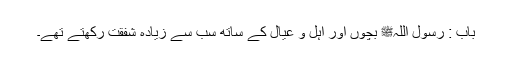
باب : رسول اللہﷺ بچوں اور اہل و عیال کے ساتھ سب سے زیادہ شفقت رکھتے تھے۔